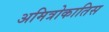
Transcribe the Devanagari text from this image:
अमित्रोकातिस